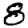
Digit: 8